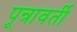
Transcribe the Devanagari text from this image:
पून्रावर्ती